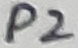
Text: P2